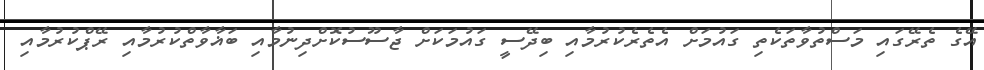
އޭގެ ތެރޭގައި މަސްތުވާތަކެތި ގައުމަށް އެތެރެކުރުމާއި ބިދޭސީ ގައުމަކަށް ޖާސޫސުކޮށްދިނުމާއި ބަޣާވާތްކުރުމާއި ރޭޕްކުރުމާއި